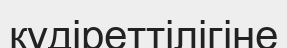
құдіреттілігіне